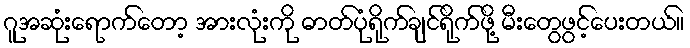
ဂူအဆုံးရောက်တော့ အားလုံးကို ဓာတ်ပုံရိုက်ချင်ရိုက်ဖို့ မီးတွေဖွင့်ပေးတယ်။